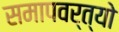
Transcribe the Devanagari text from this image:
समापवर्त्यो